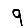
Digit: 9